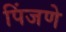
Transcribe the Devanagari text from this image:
पिंजणे